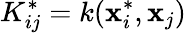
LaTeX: K_{ij}^{*}=k(\mathbf{x}_{i}^{*},\mathbf{x}_{j})